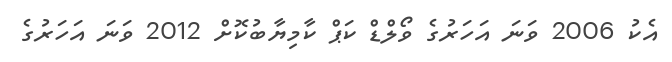
އެކު 2006 ވަނަ އަހަރުގެ ވޯލްޑް ކަޕް ކާމިޔާބުކޮށް 2012 ވަނަ އަހަރުގެ